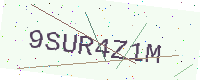
Text: 9SUR4Z1M